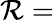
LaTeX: \mathcal{R}=